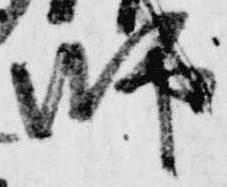
師